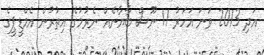
އަދި 2013 ވަނަ އަހަރު 11 ނޫސް ބާޔާނެއް ނެރުމުގެ އިތުރުން އެމްޑީޕީގެ